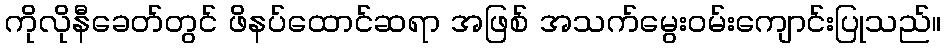
ကိုလိုနီခေတ်တွင် ဖိနပ်ထောင်ဆရာ အဖြစ် အသက်မွေးဝမ်းကျောင်းပြုသည်။